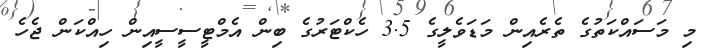
މި މަސައްކަތުގެ ތެރެއިން މަޑަވެލީގެ 3.5 ހެކްޓަރުގެ ބިން އެމްޓީސީސީއިން ހިއްކަން ޖެހެ